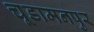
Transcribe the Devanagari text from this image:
चूडामनपुर